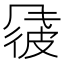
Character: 𫖽